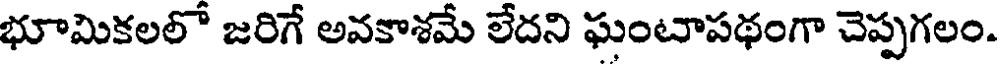
భూమికలలో జరిగే అవకాశమే లేదని ఘంటాపథంగా చెప్పగలం.